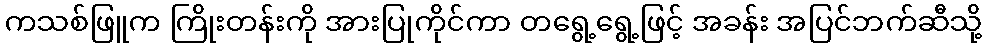
ကသစ်ဖြူက ကြိုးတန်းကို အားပြုကိုင်ကာ တရွေ့ရွေ့ဖြင့် အခန်း အပြင်ဘက်ဆီသို့